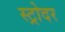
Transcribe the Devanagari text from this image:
स्ट्रोदर